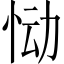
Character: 恸